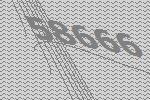
58666